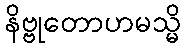
နိဗ္ဗုတောဟမသ္မိ